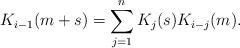
LaTeX: \begin{align*} K_{i-1}(m+s)=\sum_{j=1}^n K_j(s) K_{i-j}(m).\end{align*}